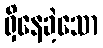
ရှိနေခဲ့သော